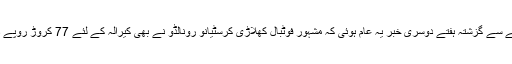
بیرونی امداد کے حوالے سے گزشتہ ہفتے دوسری خبر یہ عام ہوئی کہ مشہور فوٹبال کھلاڑی کرسٹیانو رونالڈو نے بھی کیرالہ کے لئے 77 کروڑ روپے دینے کا اعلان کیا ہے۔